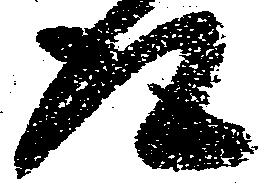
得